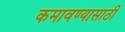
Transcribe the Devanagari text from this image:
कमावण्यासाठी